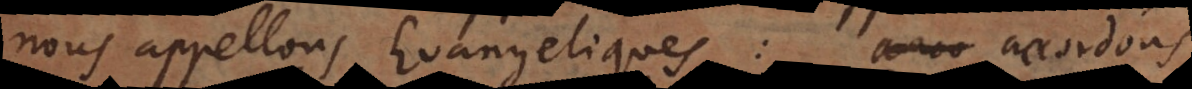
nous appellons Evangeliques: accordons